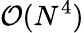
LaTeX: \mathcal{O}(N^{4})